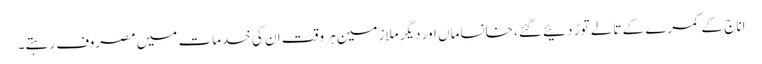
اناج کے کمرے کے تالے توڑ دئیے گئے، خانساماں اور دیگر ملازمین ہر وقت ان کی خدمات میں مصروف رہتے۔